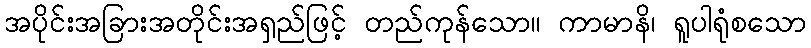
အပိုင်းအခြားအတိုင်းအရှည်ဖြင့် တည်ကုန်သော။ ကာမာနိ၊ ရူပါရုံစသော